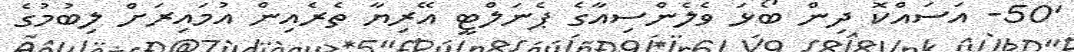
'50- އަސައްކޮ ދިންް ބޯޅަ ވެލެންސިއާގެ ޕެނަލްޓީ އޭރިޔާ ތެރެއިން އުމައިރަށް ލިބުމުގެ